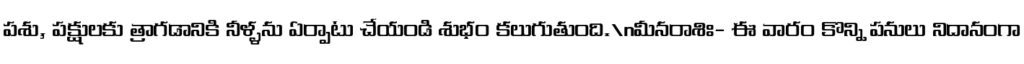
పశు, పక్షులకు త్రాగడానికి నీళ్ళను ఏర్పాటు చేయండి శుభం కలుగుతుంది.\nమీనరాశిః- ఈ వారం కొన్ని పనులు నిదానంగా